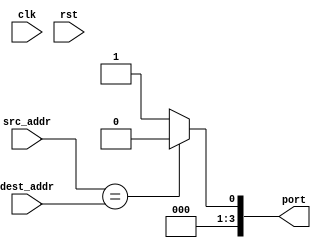
`timescale 1ns / 1ps
//////////////////////////////////////////////////////////////////////////////////
// Company: 
// Engineer: 
// 
// Design Name: 
// Module Name: routelogic_leaf
// Project Name: 
// Target Devices: 
// Tool Versions: 
// Description: 
// 
// Dependencies: 
// 
// Revision:
// Revision 0.01 - File Created
// Additional Comments:
// 
//////////////////////////////////////////////////////////////////////////////////


module routelogic_leaf(
    port,
    src_addr,
    dest_addr,
    clk,
    rst
    );

output reg [3:0] port;
input wire [3:0] src_addr;
input wire [3:0] dest_addr;
input wire clk;
input wire rst;

initial begin
    port = 2'b11;
end    

always @(src_addr or dest_addr) begin
    if (src_addr == dest_addr) begin
        //LOCAL PORT
        port <= 4'b0000;
    end
    else begin
        port <= 4'b0001;
    end
end

endmodule